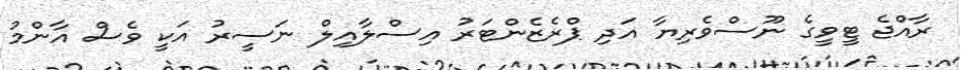
ރާއްޖެ ޓީވީގެ ނޫސްވެރިޔާ އަދި ޕްރެޒެންޓަރު އިސްލާއިލް ނަސީރު އަކީ ވެސް އާންމު